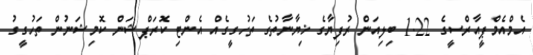
އެމްއެމްޕީއާރްސީގެ 1.22 ބިލިއަން ރުފިޔާގެ ޚިޔާނާތުގެ ތަހުގީގެއް އެންޓި ކޮރަޕްޝަން ކޮމިޝަނުން ތަހުގީގު